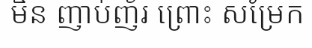
មិន ញាប់ញ័រ ព្រោះ សម្រែក